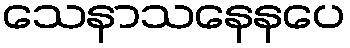
သေနာသနေနပေ